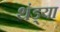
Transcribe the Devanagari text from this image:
थंड्या